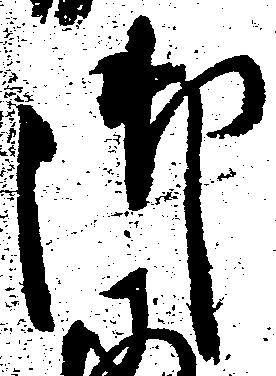
御